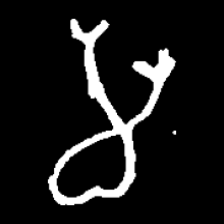
Pyu character \u2014 Myanmar letter: မ (romanized: ma)